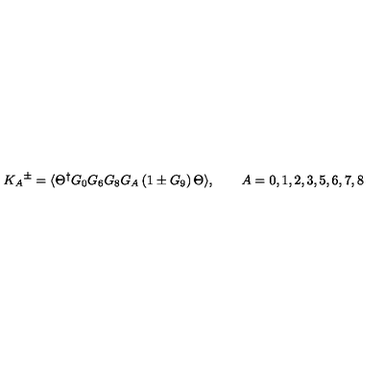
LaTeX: { K _ { A } } ^ { \pm } = \langle \Theta ^ { \dagger } G _ { 0 } G _ { 6 } G _ { 8 } G _ { A } \left( 1 \pm G _ { 9 } \right) \Theta \rangle , \qquad A = 0 , 1 , 2 , 3 , 5 , 6 , 7 , 8